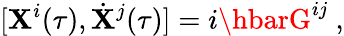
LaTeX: [\mathbf{X}^{i}(\tau),\dot{{\mathbf{X}}}^{j}(\tau)]=i\hbarG^{ij}\ ,